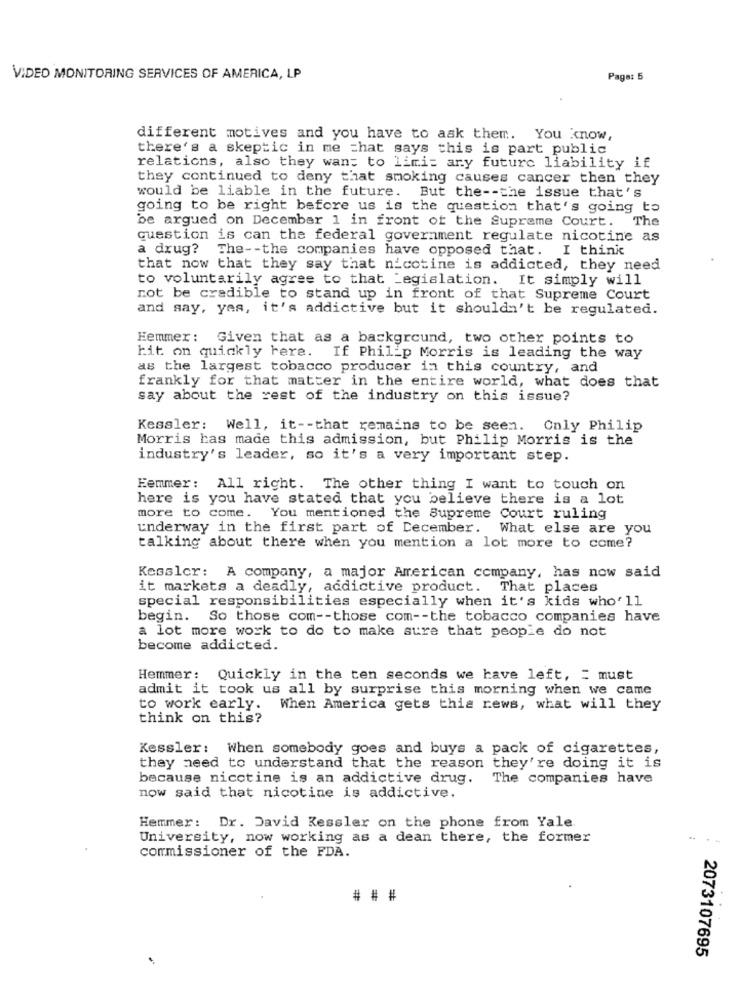
VIDEO MONITORING SERVICES OF AMERICA, LP
Page: 5
different motives and you have to ask them. You know,
there's a skeptic in me that says this is part public
relations, also they want to limit ary future liability if
they continued to deny that smoking causes cancer then they
would be liable in the future. But the -- the issue that's
going to be right before us is the question that's going to
be argued on December 1 in front of the Supreme Court. The
question is can the federal government regulate nicotine as
a drug? The -- the companies have opposed that. I think
that now that they say that nicotine is addicted, they need
to voluntarily agree to that Legislation.
It simply will
not be credible to stand up in front of that Supreme Court
and say, yes, it's addictive but it shouldn't be regulated.
Hemmer: Given that as a background, two other points to
hit on quickly here. If Philip Morris is leading the way
as the largest tobacco producer in this country, and
frankly for that matter in the entire world, what does that
say about the rest of the industry on this issue?
Kessler: Well, it -- that remains to be seen. Only Philip
Morris has made this admission, but Philip Morris is the
industry's leader, so it's a very important step.
Eemmer: All right. The other thing I want to touch on
here is you have stated that you believe there is a lot
more to come. You mentioned the Supreme Court ruling
underway in the first part of December. What else are you
talking about there when you mention a lot more to come?
Kessler: A company, a major American company, has now said
it markets a deadly, addictive product. That places
special responsibilities especially when it's kids who' 11
begin. So those com -- those com -- the tobacco companies have
a lot more work to do to make sure that people do not
become addicted.
Hemmer: Quickly in the ten seconds we have left, = must
admit it took us all by surprise this morning when we came
to work early.
When America gets this rews, what will they
think on this?
Kessler: When somebody goes and buys a pack of cigarettes,
they need to understand that the reason they're doing it is
because nicotine is an addictive drug.
The companies have
now said that nicotine is addictive.
Hemmer: Dr. David Kessler on the phone from Yale.
University, now working as a dean there, the former
commissioner of the FDA.
# # #
2073107695